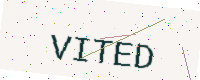
Text: VITED